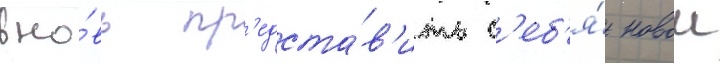
вно́вь пр'едста́в'ить с'еб'я́ новои